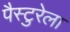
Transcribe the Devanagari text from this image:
पैस्टुरेला